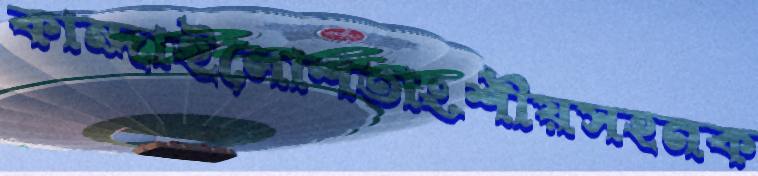
কান্দাইলোশতাংশীয়সহনক